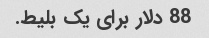
88 دلار برای یک بلیط.